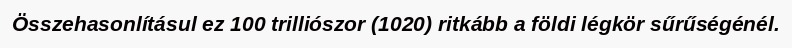
Összehasonlításul ez 100 trilliószor (1020) ritkább a földi légkör sűrűségénél.